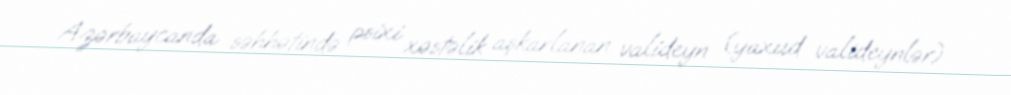
Azərbaycanda səhhətində psixi xəstəlik aşkarlanan valideyn (yaxud valideynlər)